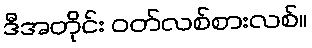
ဒီအတိုင်း ဝတ်လစ်စားလစ်။